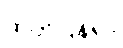
ထုတ်ပြန်ရာ